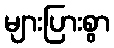
များပြားစွာ